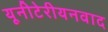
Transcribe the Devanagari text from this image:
यूनीटेरीयनवाद